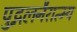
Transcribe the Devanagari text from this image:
पुद्गलनैरात्म्य